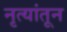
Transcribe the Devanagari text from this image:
नृत्यांतून